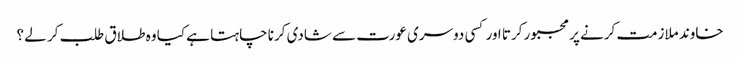
خاوند ملازمت کرنے پر مجبور کرتا اور کسی دوسری عورت سے شادی کرنا چاہتا ہے کیا وہ طلاق طلب کر لے ؟